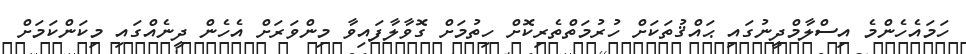
ހަމައެހެންމެ އިސްލާމްދީނުގައި ޙައްޤުތަކަށް ހުރުމަތްތެރިކޮށް ހިތުމަށް ގޮވާލާފައިވާ މިންވަރަށް އެހެން ދީނެއްގައި މިކަންކަމަށް